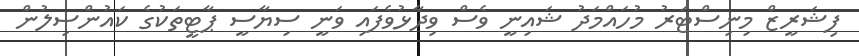
ފިޝަރީޒް މިނިސްޓަރު މުހައްމަދު ޝައިނީ ވެސް ވިދާޅުވެފައި ވަނީ ސިޔާސީ ޕާޓީތަކުގެ ކައުންސިލުން